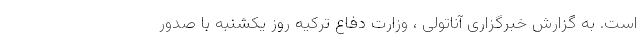
است. به گزارش خبرگزاری آناتولی ، وزارت دفاع ترکیه روز یکشنبه با صدور